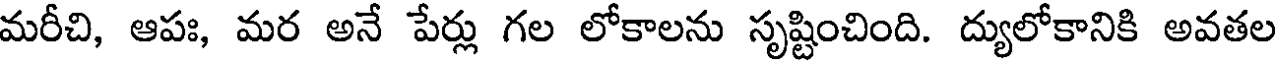
మరీచి, ఆపః, మర అనే పేర్లు గల లోకాలను సృష్టించింది. ద్యులోకానికి అవతల